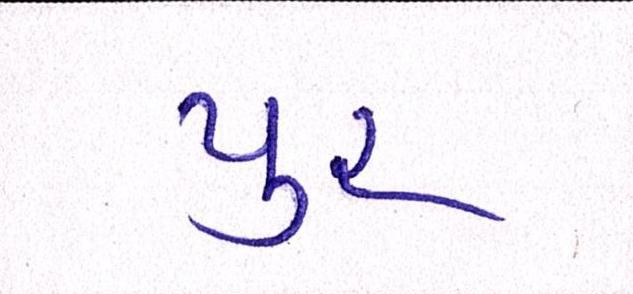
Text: પુર